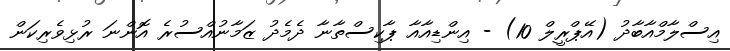
އިސްލާމްއާބާދު (އޭޕްރީލް 10) - އިންޑިއާއާ ޕާކިސްތާނާ ދެމެދު ޒަމާނުއްސުރެ އޮންނަ ރުޅިވެރިކަން